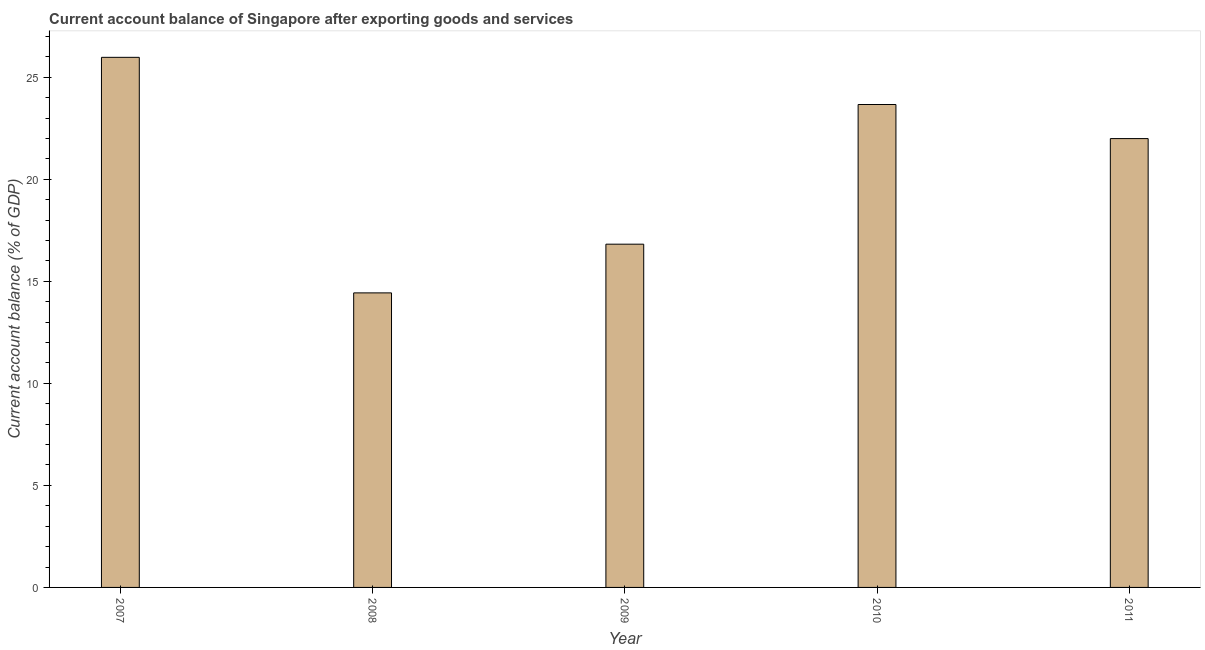
| Year | Current account balance |
 | --- | --- |
 | 2007 | 26 |
 | 2008 | 14.4 |
 | 2009 | 16.8 |
 | 2010 | 23.7 |
 | 2011 | 22 |